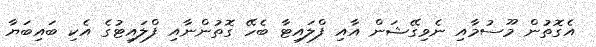
އެގޮތުން މޫސުމާއި ނެވިގޭޝަން އާއި ފްލައިޓާ ބެހޭ ގޮތުންނާއި ފްލައިޓުގެ އެކި ބައިބަޔާ